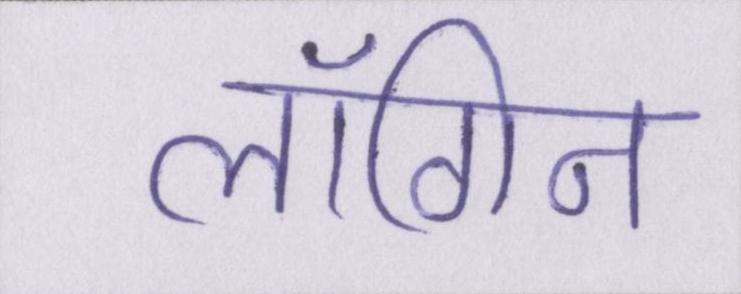
लॉगिन